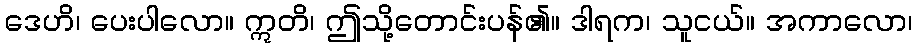
ဒေဟိ၊ ပေးပါလော။ ဣတိ၊ ဤသို့တောင်းပန်၏။ ဒါရက၊ သူငယ်။ အကာလော၊